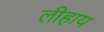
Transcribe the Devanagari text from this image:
लीहाय